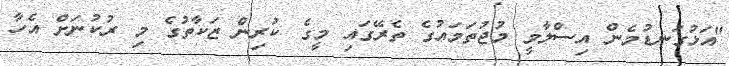
"އަޅުގަނޑުމެން އިސްލާމީ މުޖުތަމައުގެ ތެރޭގައި މީގެ ކުރިން ޒަކާތުގެ މި ރުކުނަށް އެހާ